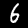
Digit: 6